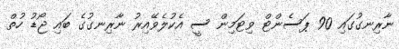
ނާރިނގުގައި 90 ޕަސެންޓް ވިޓަމިން ސީ އެކުލެވޭއިރު ނާރިނގުގެ ބައި ޖޯޑު ހުތް